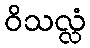
ဝိသလ္လံ